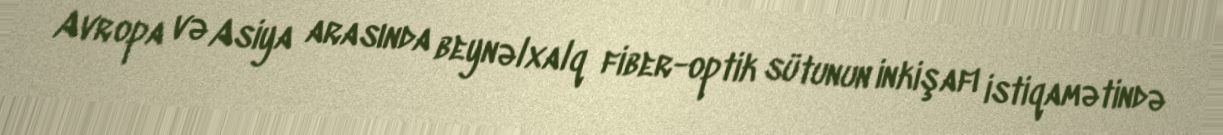
Avropa və Asiya arasında beynəlxalq fiber-optik sütunun inkişafı istiqamətində